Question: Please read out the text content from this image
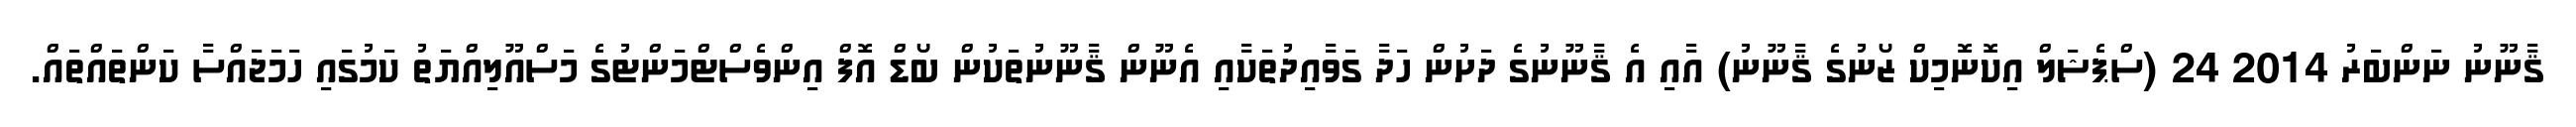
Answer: ޤާނޫނު ނަންބަރު 2014 24 (ސްޕެޝަލް އިކޮނޮމިކް ޒޯނުގެ ޤާނޫނު) އާއި އެ ޤާނޫނުގެ ދަށުން ހަދާ ގަވާއިދުތަކާއި އެނޫން ޤާނޫނުތަކުން ބޯޑް އޮފް އިންވެސްޓްމަންޓުގެ މަސްއޫލިއްޔަތު ކަމުގައި ހަމަޖައްސާ ކަންތައްތައް.